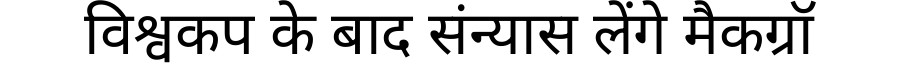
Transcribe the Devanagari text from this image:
विश्वकप के बाद संन्यास लेंगे मैकग्रॉ